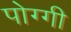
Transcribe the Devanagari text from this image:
पोग्गी